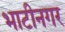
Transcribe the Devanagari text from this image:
भाटीनगर